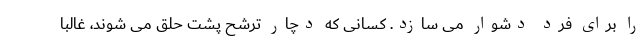
را برای فرد دشوار می سازد. کسانی که دچار ترشح پشت حلق می شوند، غالبا